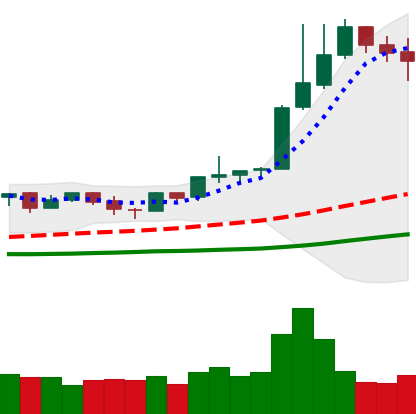
Ticker: NEO-USD
Chart end date: 2019-04-08
Forward return: -12.446%
Label: down_7plus